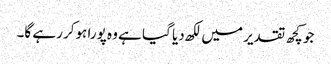
جو کچھ تقدیر میں لکھ دیا گیا ہے وہ پورا ہوکر رہے گا۔